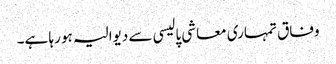
وفاق تمہاری معاشی پالیسی سے دیوالیہ ہو رہا ہے۔